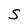
Character: S